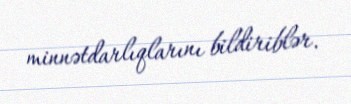
minnətdarlıqlarını bildiriblər.